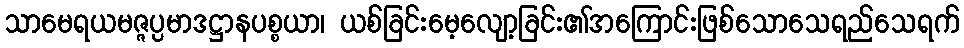
သာမေရယမဇ္ဇပ္ပမာဒဋ္ဌာနပစ္စယာ၊ ယစ်ခြင်းမေ့လျော့ခြင်း၏အကြောင်းဖြစ်သောသေရည်သေရက်